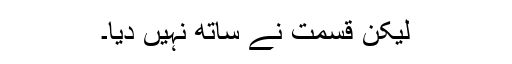
لیکن قسمت نے ساتھ نہیں دیا۔